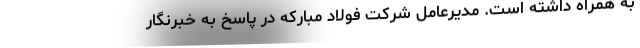
به همراه داشته است. مدیرعامل شرکت فولاد مبارکه در پاسخ به خبرنگار